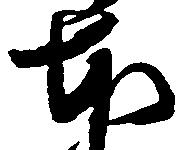
本